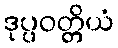
ဒုပ္ပဝတ္တိယံ